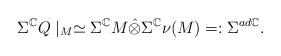
LaTeX: \begin{align*}\Sigma^{\mathbb{C}} Q \mid_M \simeq \Sigma^{\mathbb{C}} M \hat{\otimes} \Sigma^{\mathbb{C}} \nu(M) =: \Sigma^{ad \mathbb{C}}.\end{align*}